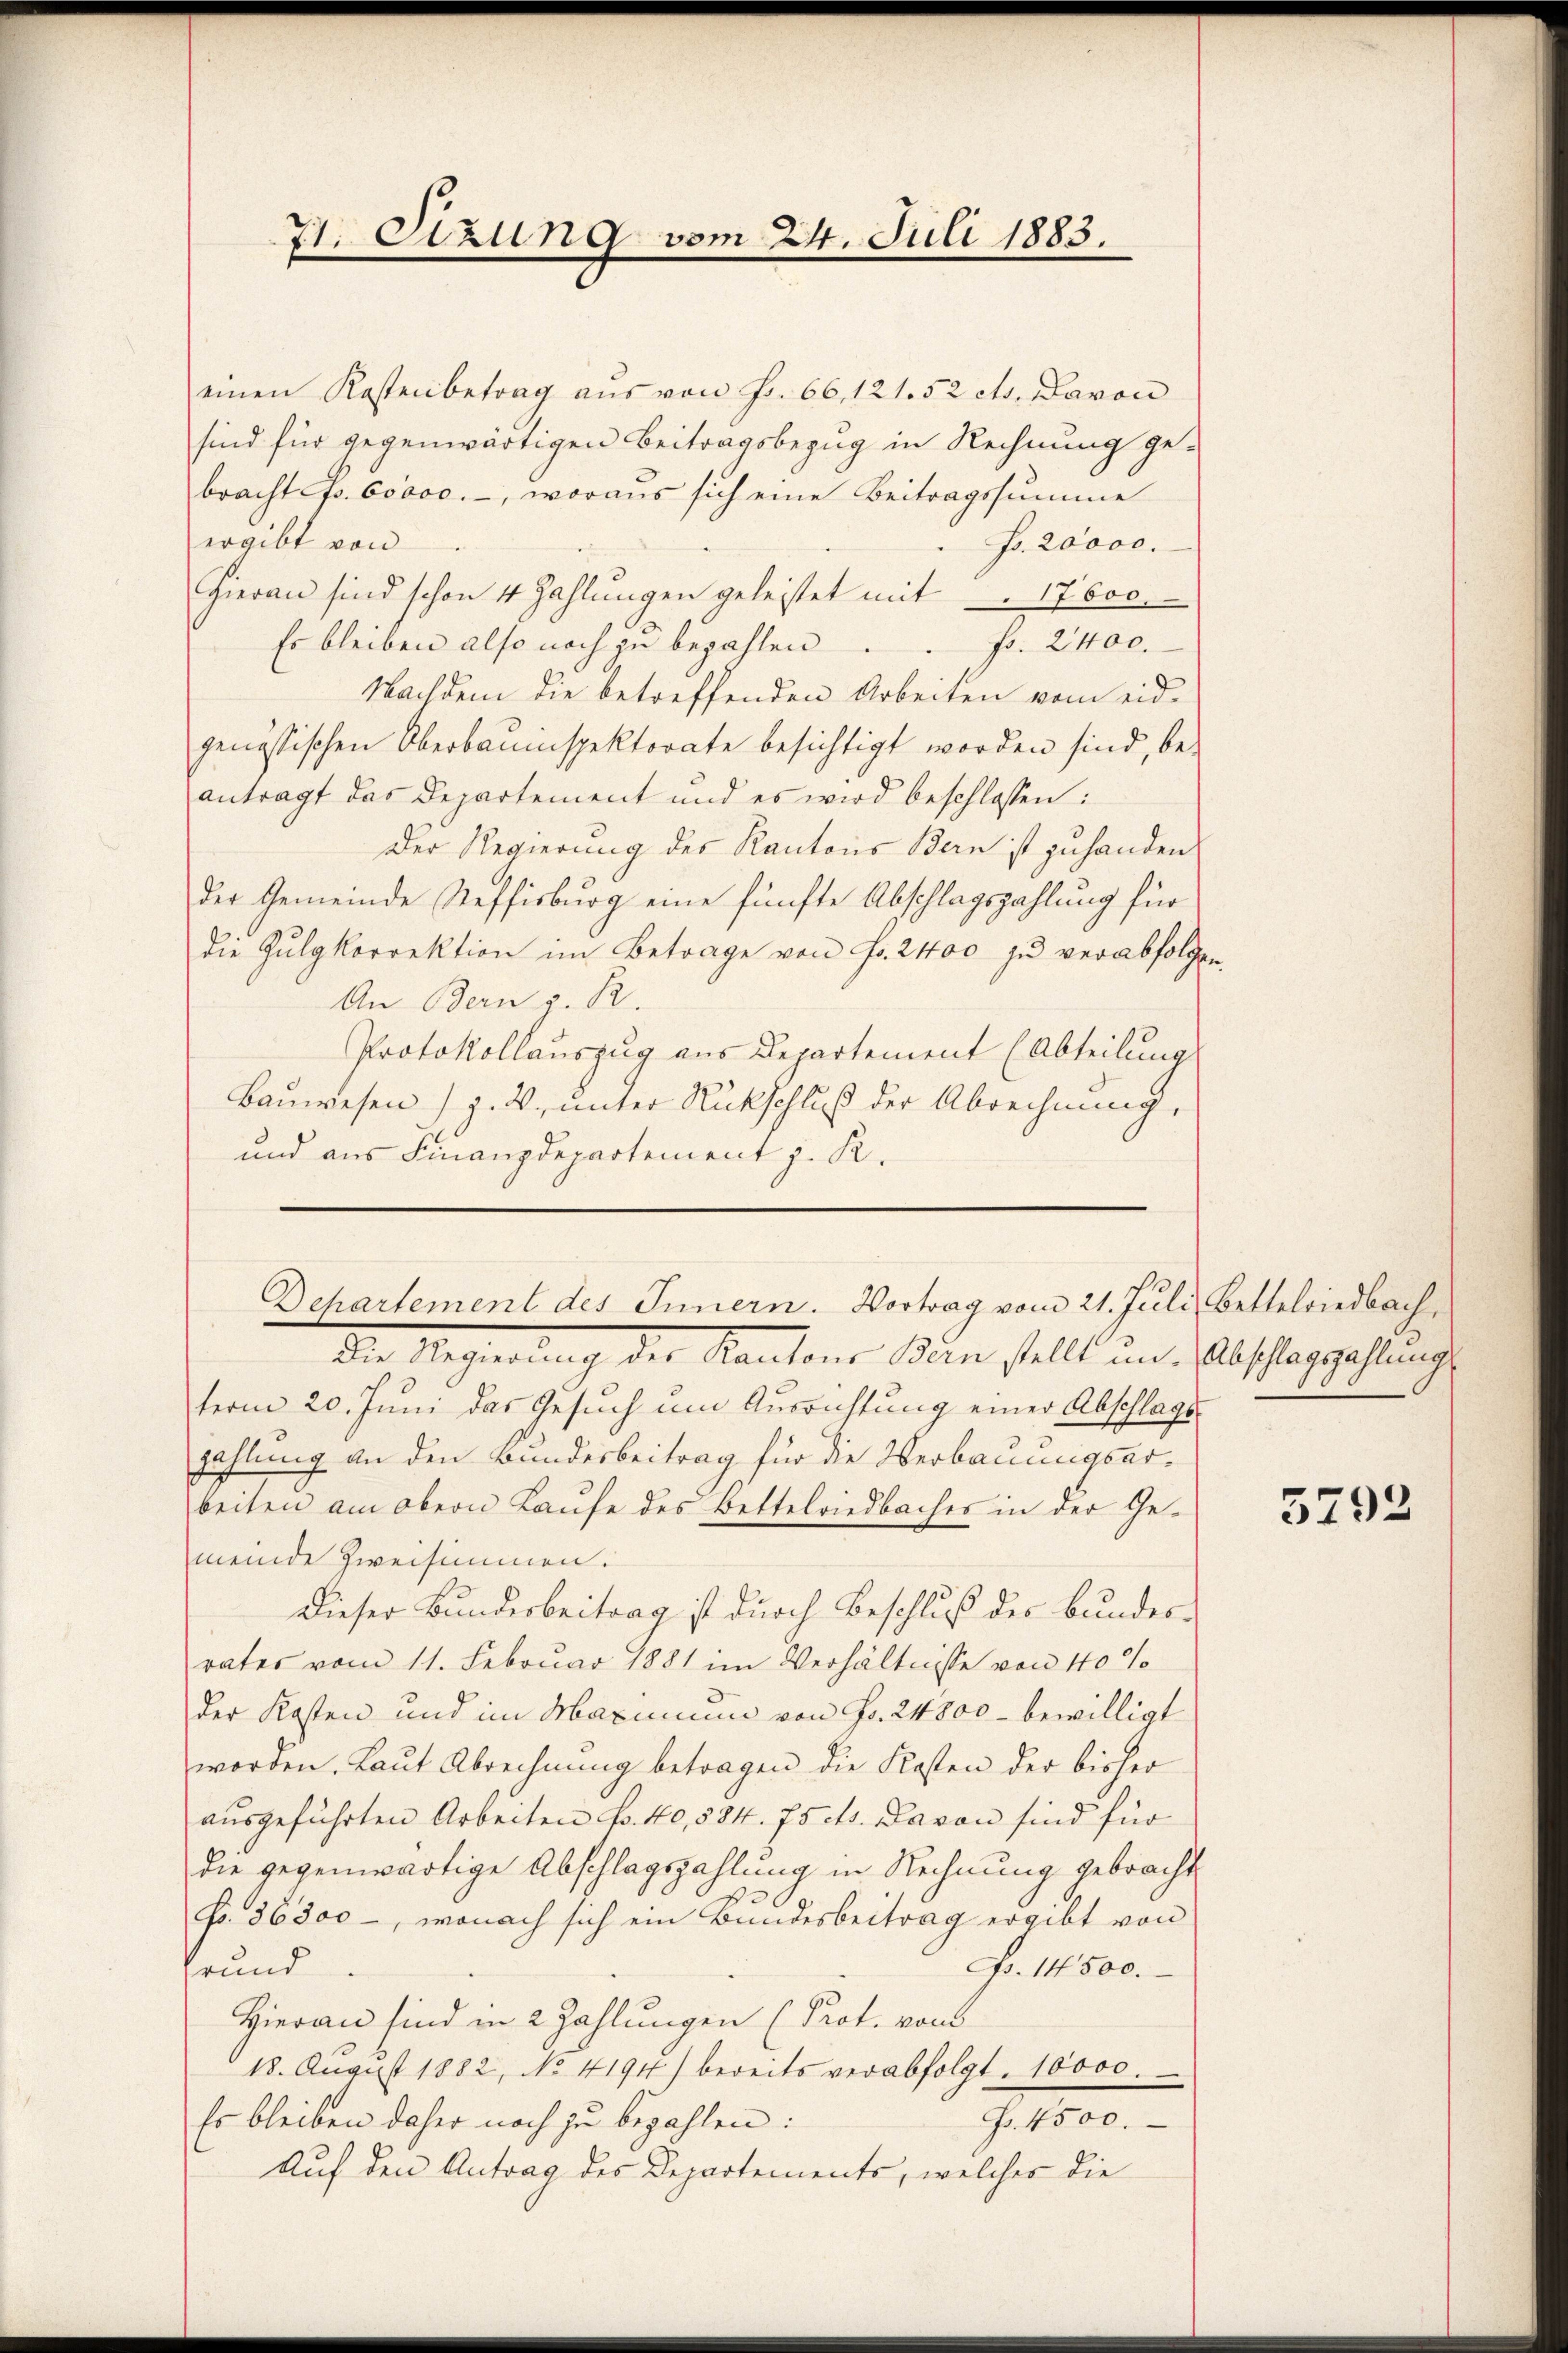
71. Sizung vom 24. Juli 1883.

einen Kostenbetrag aŭs von Fr. 66, 121. 52 cts. Davon
sind für gegenwärtigen Beitragsbezug in Rechnung gebracht fr. 60000.-, woraus sich eine Beitragssumme
Fr. 20000.
ergibt von
Hieran sind schon 4 Zahlŭngen geleistet mit 17600.
Es bleiben also noch zu bezahlen . . fr. 2400.
Nachdem die betreffenden Arbeiten vom eid-
genössischen Oberbauinspektorate besichtigt worden sind, be-
antragt das Departement und es wird beschlossen:
Der Regierung des Kantons Bern ist zu handen
der Gemeinde Steffisburg eine fünfte Abschlagszahlung für
die Zulgkorrektion im Betrage von Fr. 2400 zu verabfolgen,
An Bern z. R.
Protokollauszug aus Departement (Abteilung
Bauwesen) z. B., unter Rückschluß der Abrechnung,
und aus Finanzdepartement z. R.
Die Regierung der Kantons Bern stellt ein Abschlagszahlunge
term 20. Juni das Gesuch um Ausrichtung einer Abschlags-
zahlung an den Bundesbeitrag für die Verbauungsarbeiten am obern Laufe des Bettelriedbaches in der Gemeinde Zweisimmen.
Dieser Bundesbeitrag ist durch Beschluß der Bundesrates vom 11. Februar 1881 im Verhältnisse von 40%
der Kosten und im Maximum von Fr. 24800 - bewilligt
worden. Laŭt Abrechnŭng betragen die Kosten der bisher
ausgeführten Arbeiten Fr. 40, 534. 75 cts. Davon sind für
die gegenwärtige Abschlagszahlung in Rechnung gebracht
Fr. 36300 -, wonach sich ein Bundesbeitrag ergibt von
F. 14500.
rund
Hieran sind in 2 Zahlungen (Prot. von
18. August 1882, No. 4194) bereits verabfolgt 10000.
Fr. 4500.
Es bleiben daher noch zu bezahlen:
Auf den Antrag des Departements, welches die

Dehartement des Innern. Vortrag vom 21. Juli, Bettelriedbach,

5792